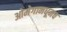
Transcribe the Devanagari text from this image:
ओमेगामधूनच